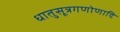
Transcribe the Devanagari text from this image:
धातुसूत्रगणोणादि